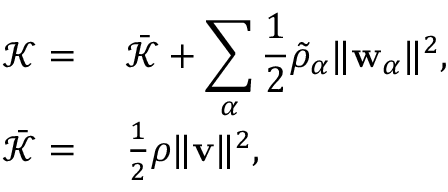
\begin{array} { r l } { \mathscr { K } = } & { { } ~ \bar { \mathscr { K } } + \displaystyle \sum _ { \alpha } \frac { 1 } { 2 } \tilde { \rho } _ { \alpha } \| \mathbf { w } _ { \alpha } \| ^ { 2 } , } \\ { \bar { \mathscr { K } } = } & { { } ~ \frac { 1 } { 2 } \rho \| \mathbf { v } \| ^ { 2 } , } \end{array}